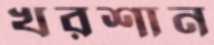
খরশান